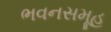
ભવનસમૂહ